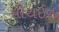
વીથઈન